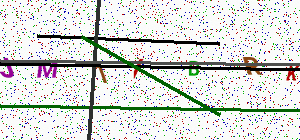
Text: JMTIBRK